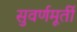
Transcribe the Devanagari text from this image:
सुवर्णमूर्ती